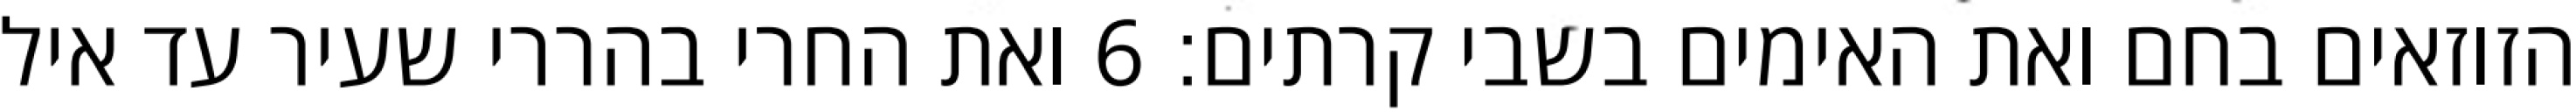
הזוזאים בחם ואת האימים בשבי קרתים׃ ‎6‏ ואת החרי בהררי שעיר עד איל